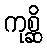
ကုစ္ဆိ